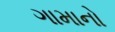
ગામાનો